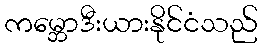
ကမ္ဘောဒီးယားနိုင်ငံသည်